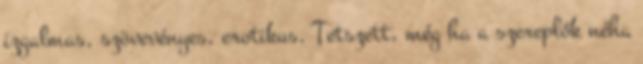
izgalmas, szövevényes, erotikus. Tetszett, még ha a szereplők néha